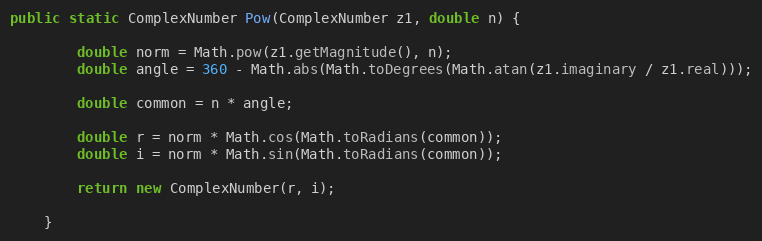
Language: Java
public static ComplexNumber Pow(ComplexNumber z1, double n) {

        double norm = Math.pow(z1.getMagnitude(), n);
        double angle = 360 - Math.abs(Math.toDegrees(Math.atan(z1.imaginary / z1.real)));

        double common = n * angle;

        double r = norm * Math.cos(Math.toRadians(common));
        double i = norm * Math.sin(Math.toRadians(common));

        return new ComplexNumber(r, i);

    }